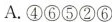
A.④⑥⑤②⑥